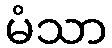
မံသာ